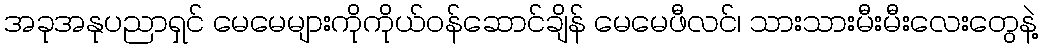
အခုအနုပညာရှင် မေမေများကိုကိုယ်ဝန်ဆောင်ချိန် မေမေဖီလင်၊ သားသားမီးမီးလေးတွေနဲ့